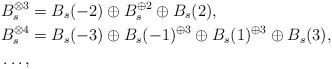
\begin{align*}& B_s^{\otimes 3}= B_s(-2)\oplus B_s^{\oplus 2} \oplus B_s(2), \\& B_s^{\otimes 4}= B_s(-3)\oplus B_s(-1)^{\oplus 3}\oplus B_s(1)^{\oplus 3} \oplus B_s(3), \\& \dots,\end{align*}